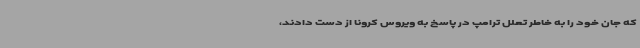
که جان خود را به خاطر تعلل ترامپ در پاسخ به ویروس کرونا از دست دادند،